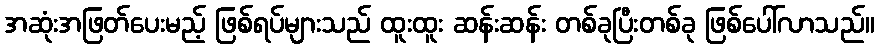
အဆုံးအဖြတ်ပေးမည့် ဖြစ်ရပ်များသည် ထူးထူး ဆန်းဆန်း တစ်ခုပြီးတစ်ခု ဖြစ်ပေါ်လာသည်။